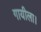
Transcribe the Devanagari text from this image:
गायीला।